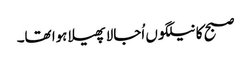
صبح کا نیلگوں اُجالا پھیلا ہوا تھا۔